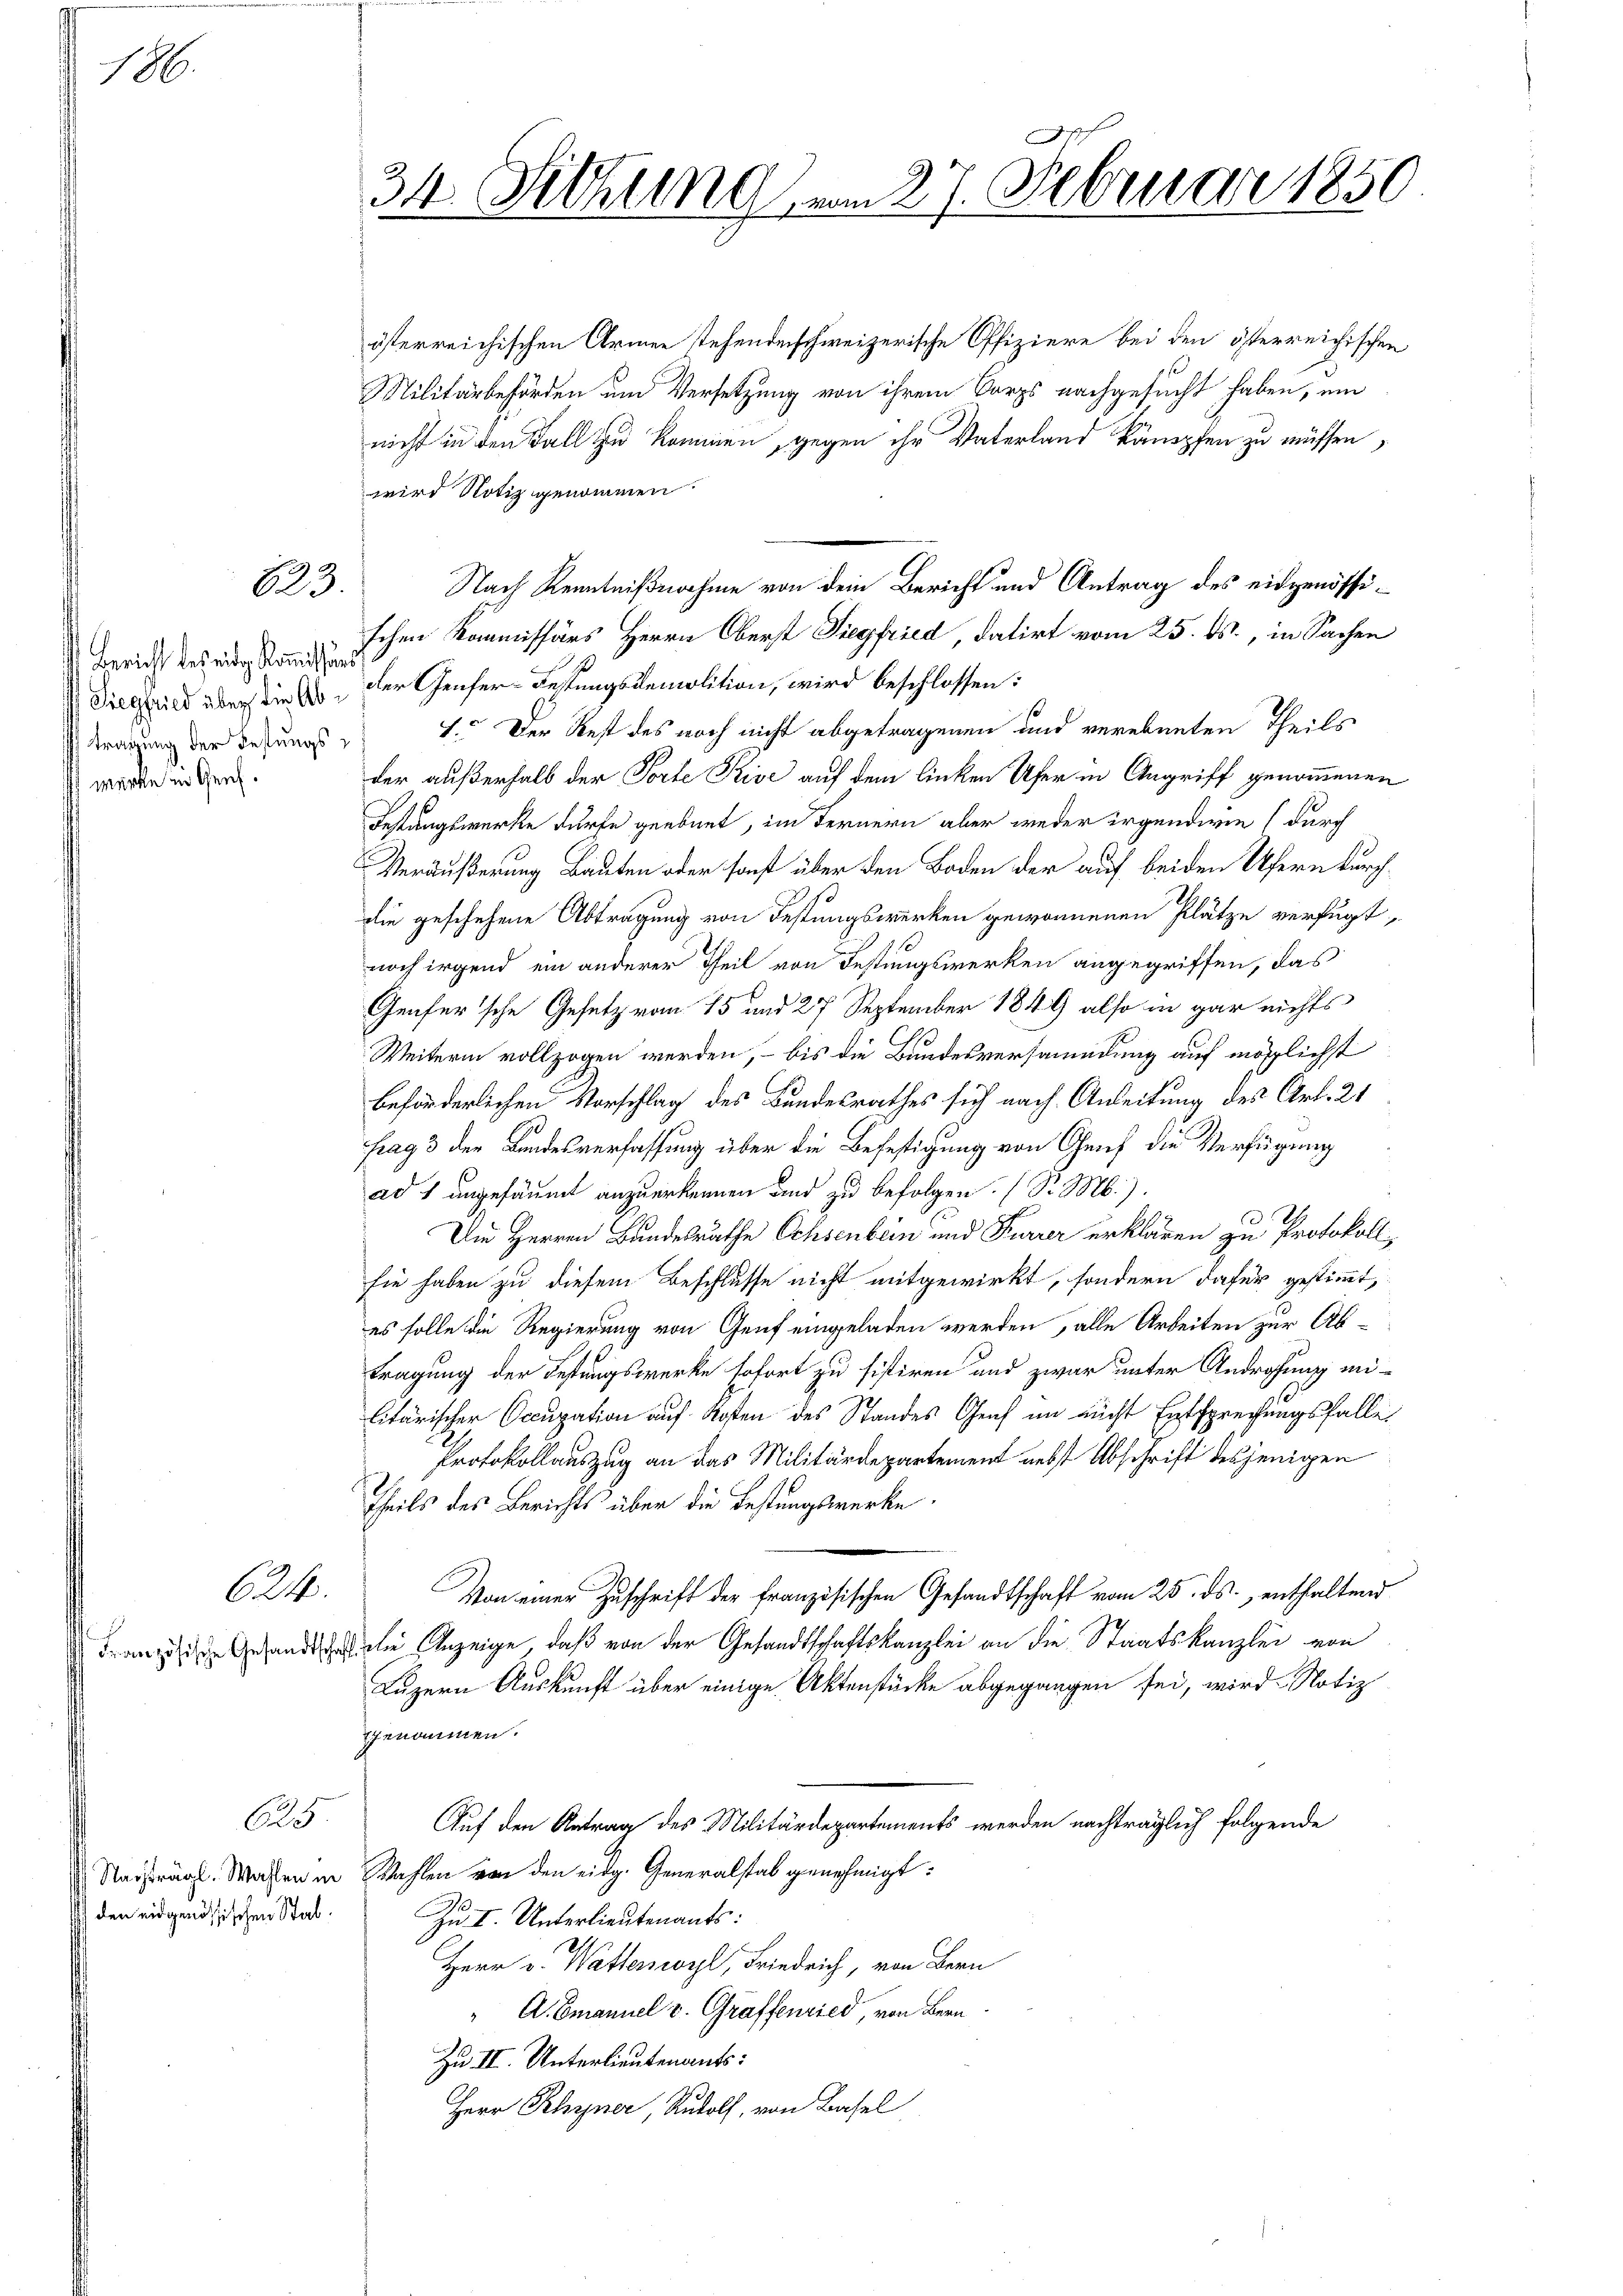
186.

623.

Bericht des eidg. Kommissari
werke in Genf.

624.

Cas

den eidgenössischen Stat.

österreichischen Armee stehendenschweizerische Offiziere bei den österreichischen
Militärbehörden um Versetzung von ihrem Corps nachgesucht haben, um
nicht in den Fall zu kommen, gegen ihr Vaterland kämpfen zu müssen,
wird Notiz genommen.
Nach Kenntnißnahme von dem Bericht und Antrag des eidgenössischen Kommissärs Herrn Oberst Siegfried, datirt vom 25. ds., in Sachen
Siegfried aber die so, der Genfer-FestungsRemolition, wird beschlossen:
kragung der Behungs- 1. Der Rest des noch nicht abgetragenen und verebneten Theils
der außerhalb der Torte Prive auf dem linken Ufer in Angriff genommenen
Festungswerke dürfe geebnet, im Fernern aber weder irgendwie durch
Veräußerung Bauten oder sonst über den Boden der auf beiden Ufern durch
die geschehene Abtragung von Festungswerken gewonnenen Plätze verfügt,
noch irgend ein anderer Theil von Festungswerken angegriffen, das
Genfer'sche Gesetz vom 15 und 27 September 1849 also in gar nichts
Weiterin vollzogen werden, – bis die Bundesversammdung auf möglichst
beförderlichen Vorschlag des Bundesrathes sich nach Anleitung des Art. 21
frag 3 der Bundesverfassung über die Befestigung von Genf die Verfügung
ad 1 angesäumt anzuerkennen und zu befolgen. (S. M.).
Die Herren Bundesräthe Ochsenbein und Furrer erklären zu Protokoll
sie haben zu diesem Beschlusse nicht mitgewirkt, sondern dafür gestimmt,
es solle die Regierung von Genf eingeladen werden, alle Arbeiten zur Ab-
tragung der Festungswerke sofort zu sistiren und zwar unter Androhung militärischer Occupation auf Kosten des Standes Graf im nicht Entsprechungsfalle
Protokollauszug an das Militärdepartement nebst Abschrift desjenigen
Theils des Berichts über die Bestungswerke
Von einer Zuschrift der französischen Gesandtschaft vom 25. ds., enthaltend
rand die Anzeige, daß von der Gesandtschaftskanzlei an die Staatskanzlei von
Luzern Auskunft über einige Aktenstücke abgegangen sei, wird Notiz
ggenommen.
Auf den Antrag des Militärdepartements werden nachträglich folgende
Nachträgl. Wassen in Wahlen von den eidg. Generalstab genehmigt:
Zu I. Unterlieutenants:
Herr v. Wattenwyl, Friedrich, von Bern
" A. Emanuel v. Graffenried, von Bern
Zu II. Unterlieutenants:
Herr Rhyner, Rudolf, von Basel

34. Sitzung vom 27. Februar 1850